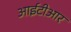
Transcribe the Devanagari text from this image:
आईटीआर